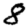
Digit: 8